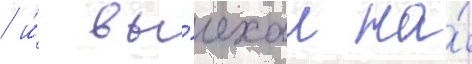
/ и́ вы́ехал на́